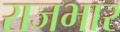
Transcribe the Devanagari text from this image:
राजभार